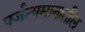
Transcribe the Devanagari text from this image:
पर्जन्यमानातील